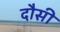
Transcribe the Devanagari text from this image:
दौसी